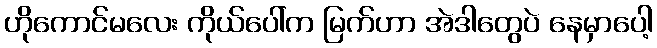
ဟိုကောင်မလေး ကိုယ်ပေါ်က မြက်ဟာ အဲဒါတွေပဲ နေမှာပေါ့